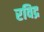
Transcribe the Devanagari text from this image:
रविद्र